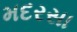
મદરસા